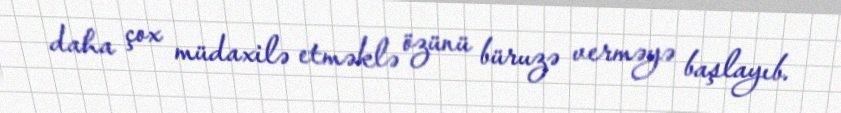
daha çox müdaxilə etməklə özünü büruzə verməyə başlayıb.